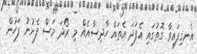
އެނގިފައިވާ ގޮތުގައި އެފަދަ އެތައް ހާދިސާއެއް މި ރޯދަ މަސް ފެށުނު ފަހުން